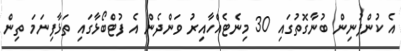
އެ ކުންފުނިން ބުނާގޮތުގައި 30 މިނެޓެއްހާއިރު ވަންދެން އެ ފުޓްބޯޅާގައި ތަޅާފިނަމަ ތިން